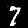
Label: 7